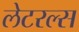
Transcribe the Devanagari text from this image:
लेटरल्स